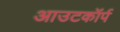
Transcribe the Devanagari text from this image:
आउटकॉर्प